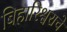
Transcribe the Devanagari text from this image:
बिहारिश्वराचे